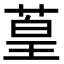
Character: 葟